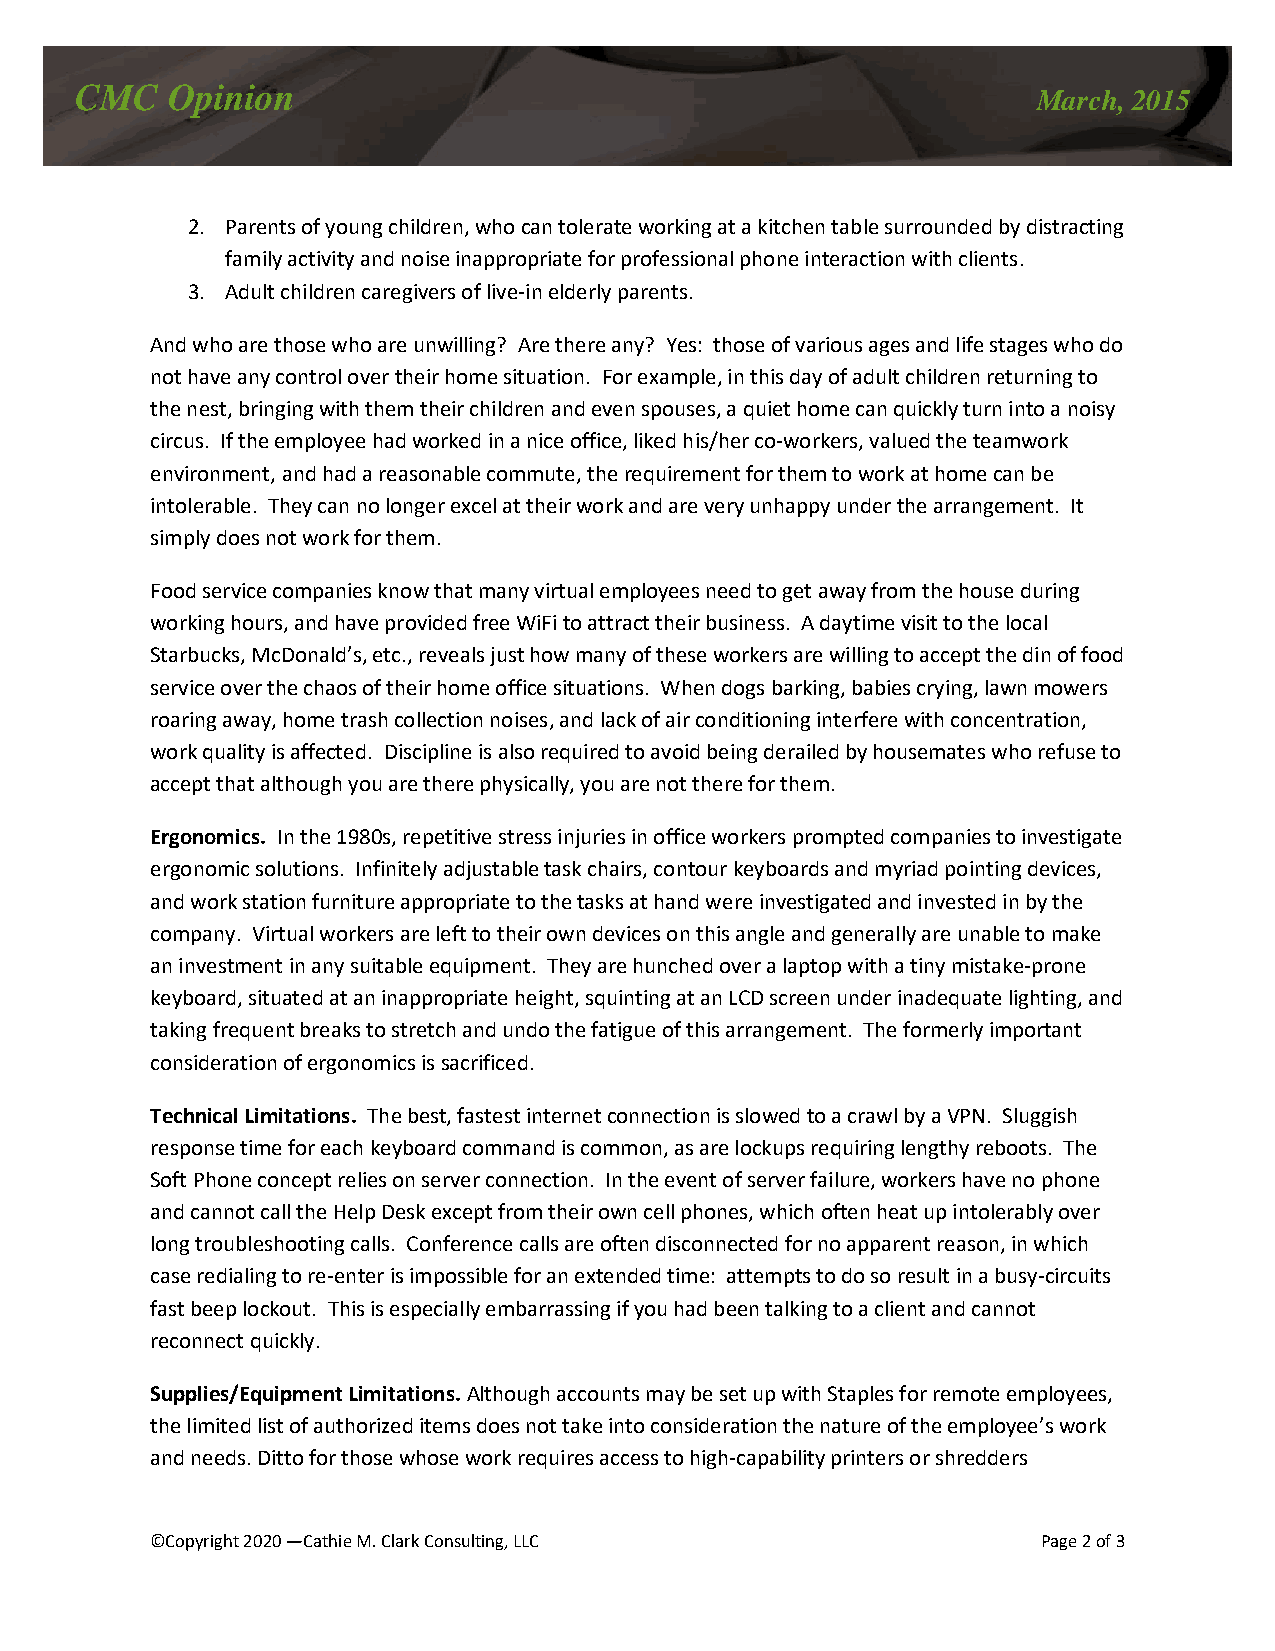
CMC   Opinion
 March, 2015
 2. Parents of young children, who can tolerate working at a kitchen table surrounded by distracting
 family activity and noise inappropriate for professional phone interaction with clients.
 3. Adult children caregivers of live-in elderly parents.
 And who are those who are unwilling? Are there any? Yes: those of various ages and life stages who do
 not have any control over their home situation. For example, in this day of adult children returning to
 the nest, bringing with them their children and even spouses, a quiet home can quickly turn into a noisy
 circus. If the employee had worked in a nice office, liked his/her co-workers, valued the teamwork
 environment, and had a reasonable commute, the requirement for them to work at home can be
 intolerable. They can no longer excel at their work and are very unhappy under the arrangement. It
 simply does not work for them.
 Food service companies know that many virtual employees need to get away from the house during
 working hours, and have provided free WiFi to attract their business. A daytime visit to the local
 Starbucks, McDonald’s, etc., reveals just how many of these workers are willing to accept the din of food
 service over the chaos of their home office situations. When dogs barking, babies crying, lawn mowers
 roaring away, home trash collection noises, and lack of air conditioning interfere with concentration,
 work quality is affected. Discipline is also required to avoid being derailed by housemates who refuse to
 accept that although you are there physically, you are not there for them.
 Ergonomics. In the 1980s, repetitive stress injuries in office workers prompted companies to investigate
 ergonomic solutions. Infinitely adjustable task chairs, contour keyboards and myriad pointing devices,
 and work station furniture appropriate to the tasks at hand were investigated and invested in by the
 company. Virtual workers are left to their own devices on this angle and generally are unable to make
 an investment in any suitable equipment. They are hunched over a laptop with a tiny mistake-prone
 keyboard, situated at an inappropriate height, squinting at an LCD screen under inadequate lighting, and
 taking frequent breaks to stretch and undo the fatigue of this arrangement. The formerly important
 consideration of ergonomics is sacrificed.
 Technical Limitations. The best, fastest internet connection is slowed to a crawl by a VPN. Sluggish
 response time for each keyboard command is common, as are lockups requiring lengthy reboots. The
 Soft Phone concept relies on server connection. In the event of server failure, workers have no phone
 and cannot call the Help Desk except from their own cell phones, which often heat up intolerably over
 long troubleshooting calls. Conference calls are often disconnected for no apparent reason, in which
 case redialing to re-enter is impossible for an extended time: attempts to do so result in a busy-circuits
 fast beep lockout. This is especially embarrassing if you had been talking to a client and cannot
 reconnect quickly.
 Supplies/Equipment Limitations. Although accounts may be set up with Staples for remote employees,
 the limited list of authorized items does not take into consideration the nature of the employee’s work
 and needs. Ditto for those whose work requires access to high-capability printers or shredders
 ©Copyright 2020 —Cathie M. Clark Consulting, LLC           Page 2 of 3